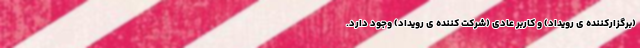
(برگزارکننده ی رویداد) و کاربر عادی (شرکت کننده ی رویداد) وجود دارد.